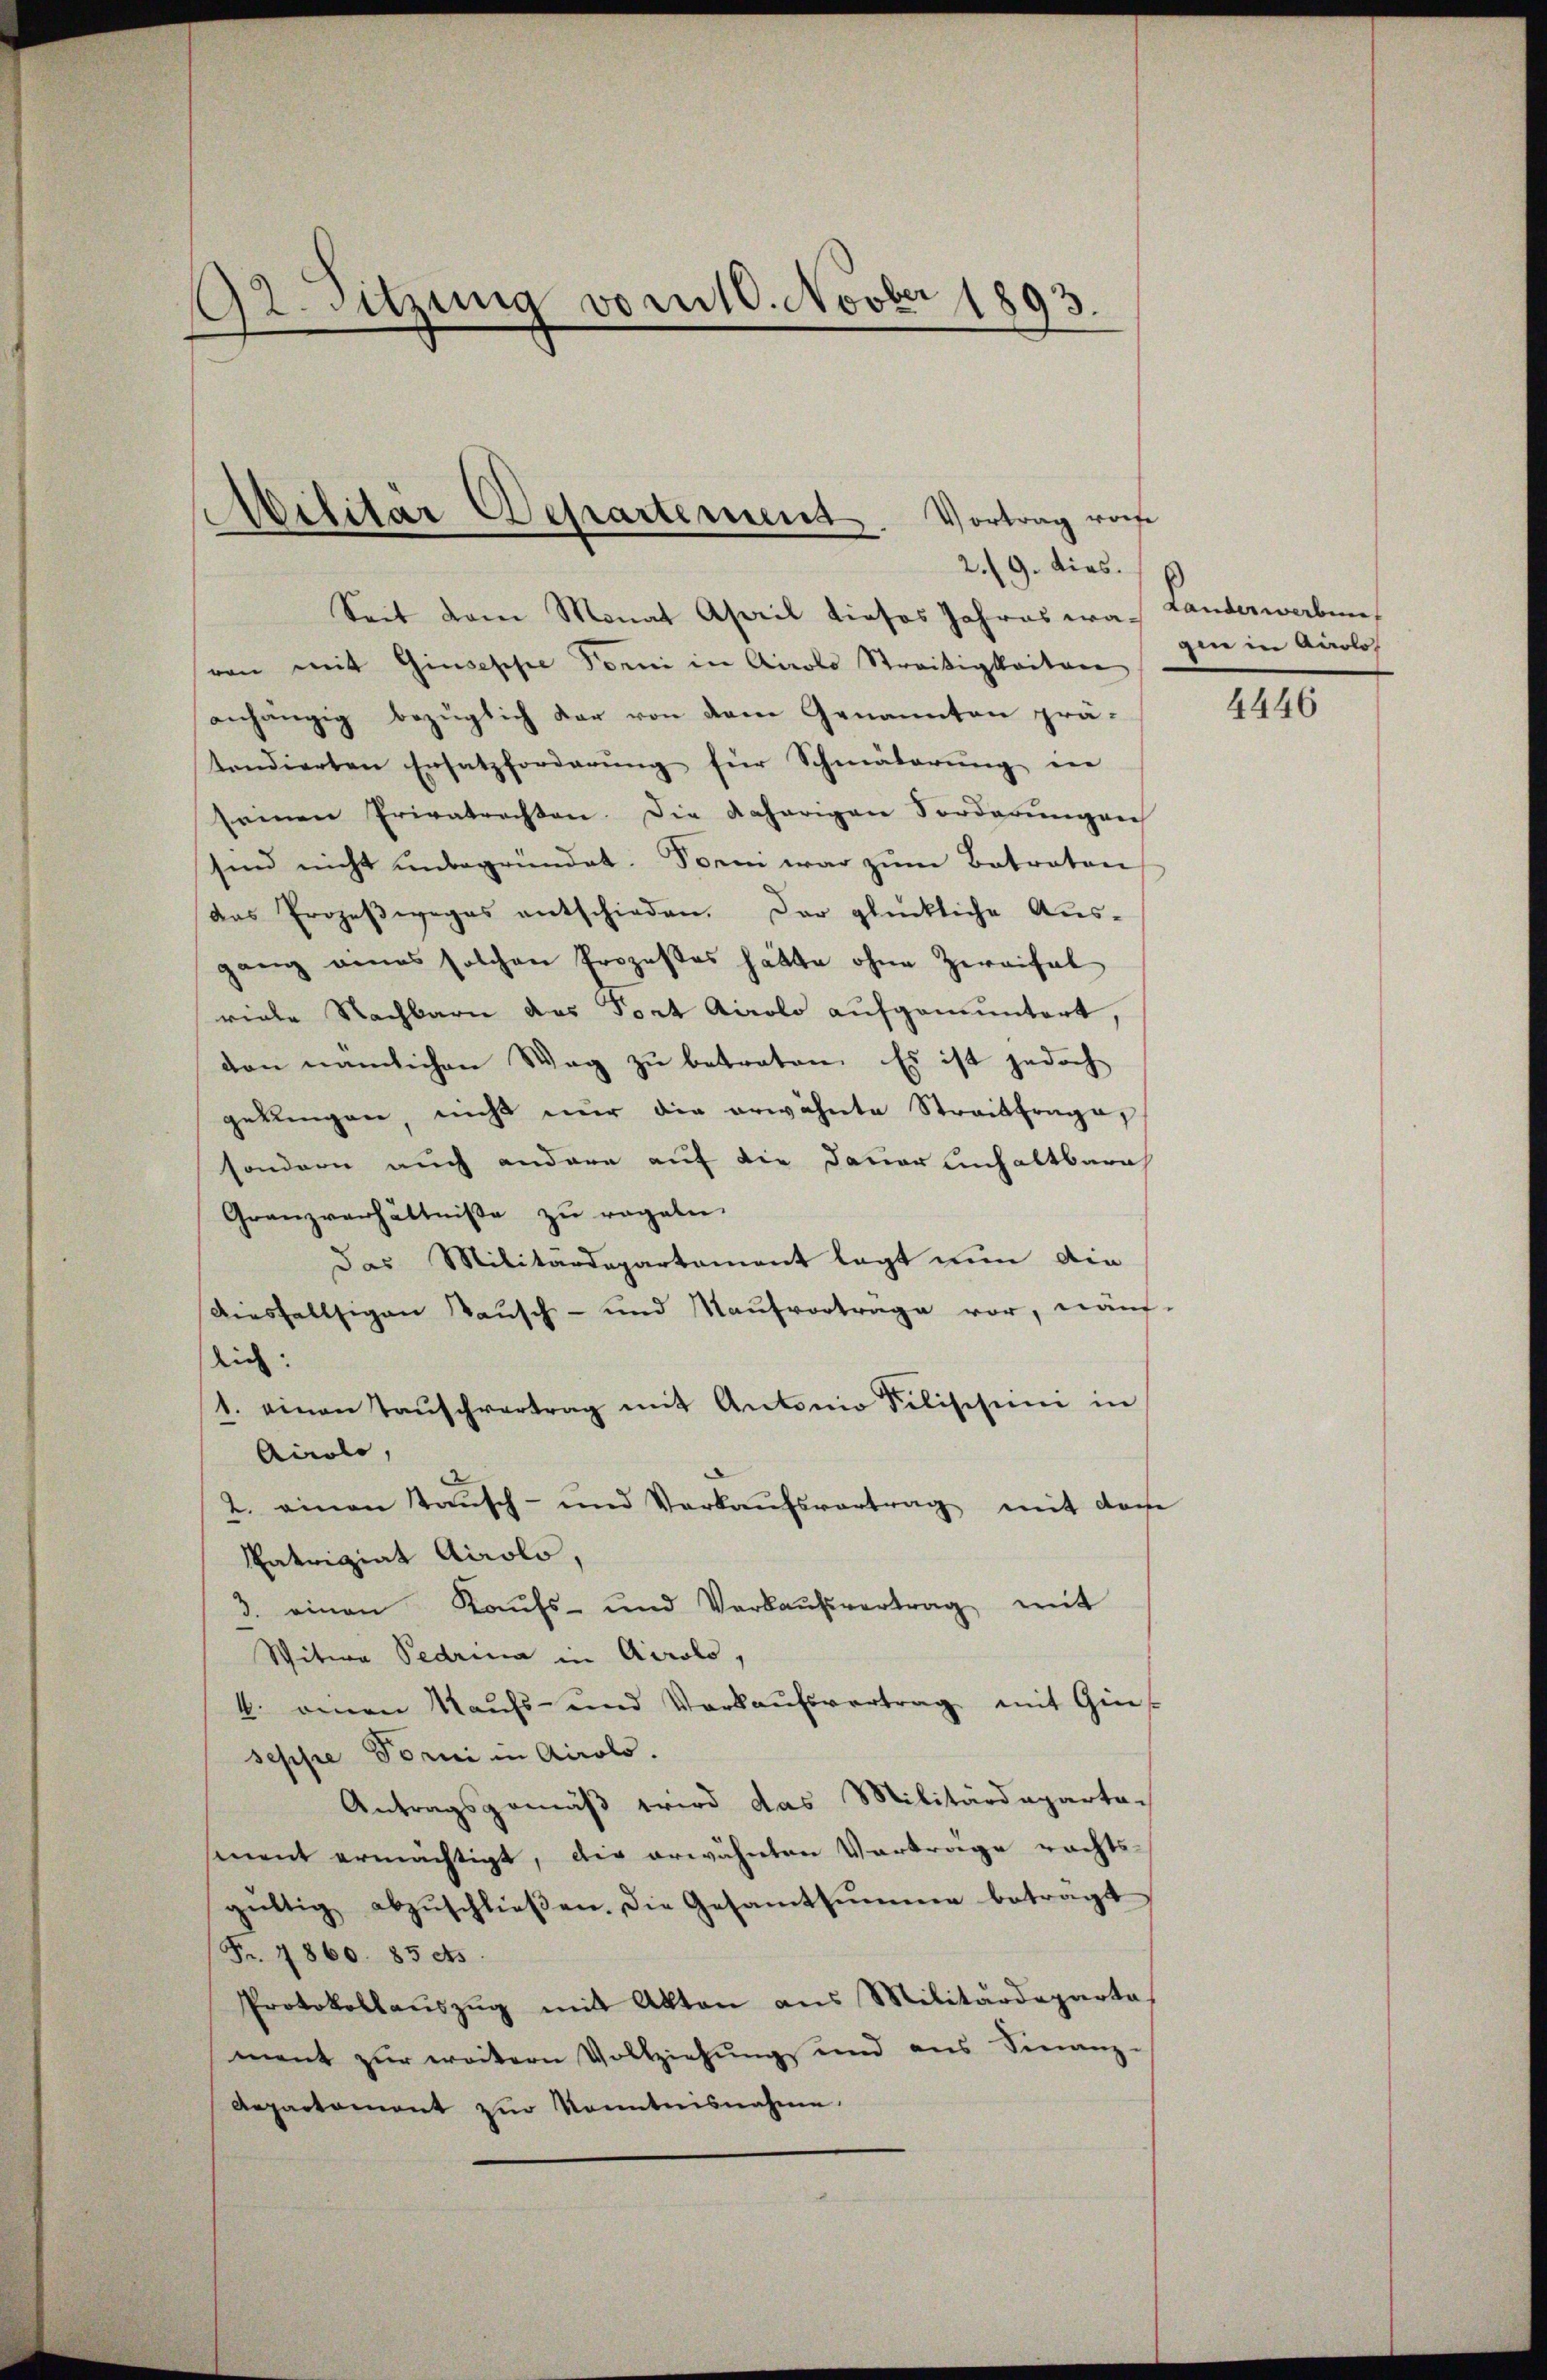
Otsitzung vom 10. Novber 1893.

Seit dem Monat April dieses Jahres was Landerwerben
von mit Giuseppe Forni in Airolo Streitigkeiten
anhängig bezüglich der von dem Genannten prä-
tendierten Ersatzforderŭng für Schmälerung in
seinen Privatrechten. Die daherigen Forderungen
sind nicht unbegründet. Dorni war zum Betraten
das Prozeβweges entschieden. Der glückliche Aus-
ganz eines solchen Prozesses hätte ohne Zweifal
viele Nachbarn das Fort Airolo aufgemuntert,
von nämlichen Weg zu betreten. Es ist jedoch
gebungen, nicht nur die erwähnte Streitfrage
sondern auch andere auf die Dauer einhaltbara
Granzverhältniße zu regeln.
das Militärdepartement legt nun die
diesfallsigen Tausch- und Kaufvertrage vor, näuf-
lich:
1. einen Taŭschvertrag mit Antonio Silischeini in
Airolo,
2. einen Taŭsch- und Verkaŭfsvortrag mit dere
Patriziat Airolo,
3. einen Kaŭfs- und Verkaŭfvertrag mit
Witwe Pedrina in Airolo,
4. einen Kaufs- und Verkaŭfsvertrag mit Gins
seppe Torni in Airolo.
Antragsgemäß wird das Militärdeparta-
smnent ermächtigt, die erwähnten Vortrage rechts-
gültig abzŭschlieβen. Die Gesamtsumme beträgt
Fr. 1860. 85 cts.
Protokollaŭszŭg mit Akten ans Militärdeparta
ment zur weitern Vollziehung und aus Finanz-
Aepartament zur Kenntnisnahme.

.
Wilitär Departement. Vortrag vorhe
2./9. dies.

ain in Airolo¬

4446